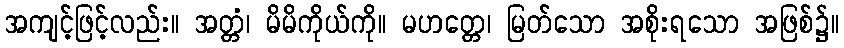
အကျင့်ဖြင့်လည်း။ အတ္တံ၊ မိမိကိုယ်ကို။ မဟတ္တေ၊ မြတ်သော အစိုးရသော အဖြစ်၌။